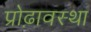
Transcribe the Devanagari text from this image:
प्रोढ़ावस्था